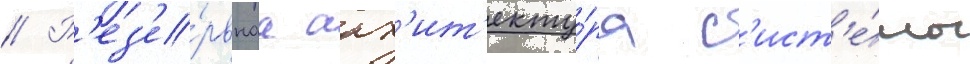
// Р'ез'е́рвнаа арх'ит'екту́ра с'ист'е́мы